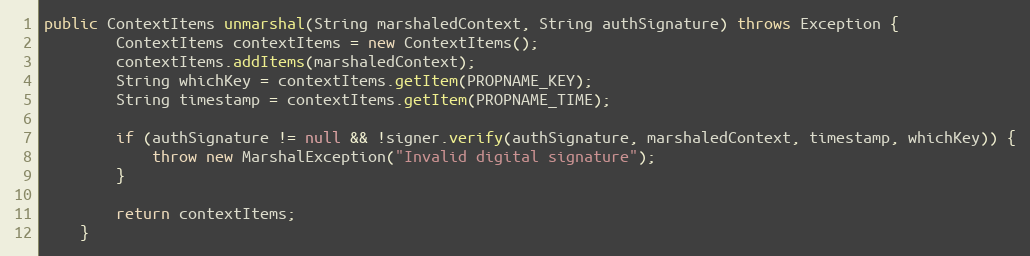
Language: Java
public ContextItems unmarshal(String marshaledContext, String authSignature) throws Exception {
        ContextItems contextItems = new ContextItems();
        contextItems.addItems(marshaledContext);
        String whichKey = contextItems.getItem(PROPNAME_KEY);
        String timestamp = contextItems.getItem(PROPNAME_TIME);

        if (authSignature != null && !signer.verify(authSignature, marshaledContext, timestamp, whichKey)) {
            throw new MarshalException("Invalid digital signature");
        }

        return contextItems;
    }